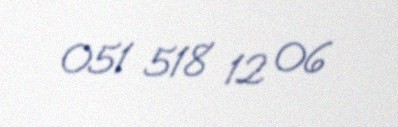
051 518 12 06